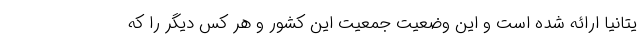
یتانیا ارائه شده است و این وضعیت جمعیت این کشور و هر کس دیگر را که